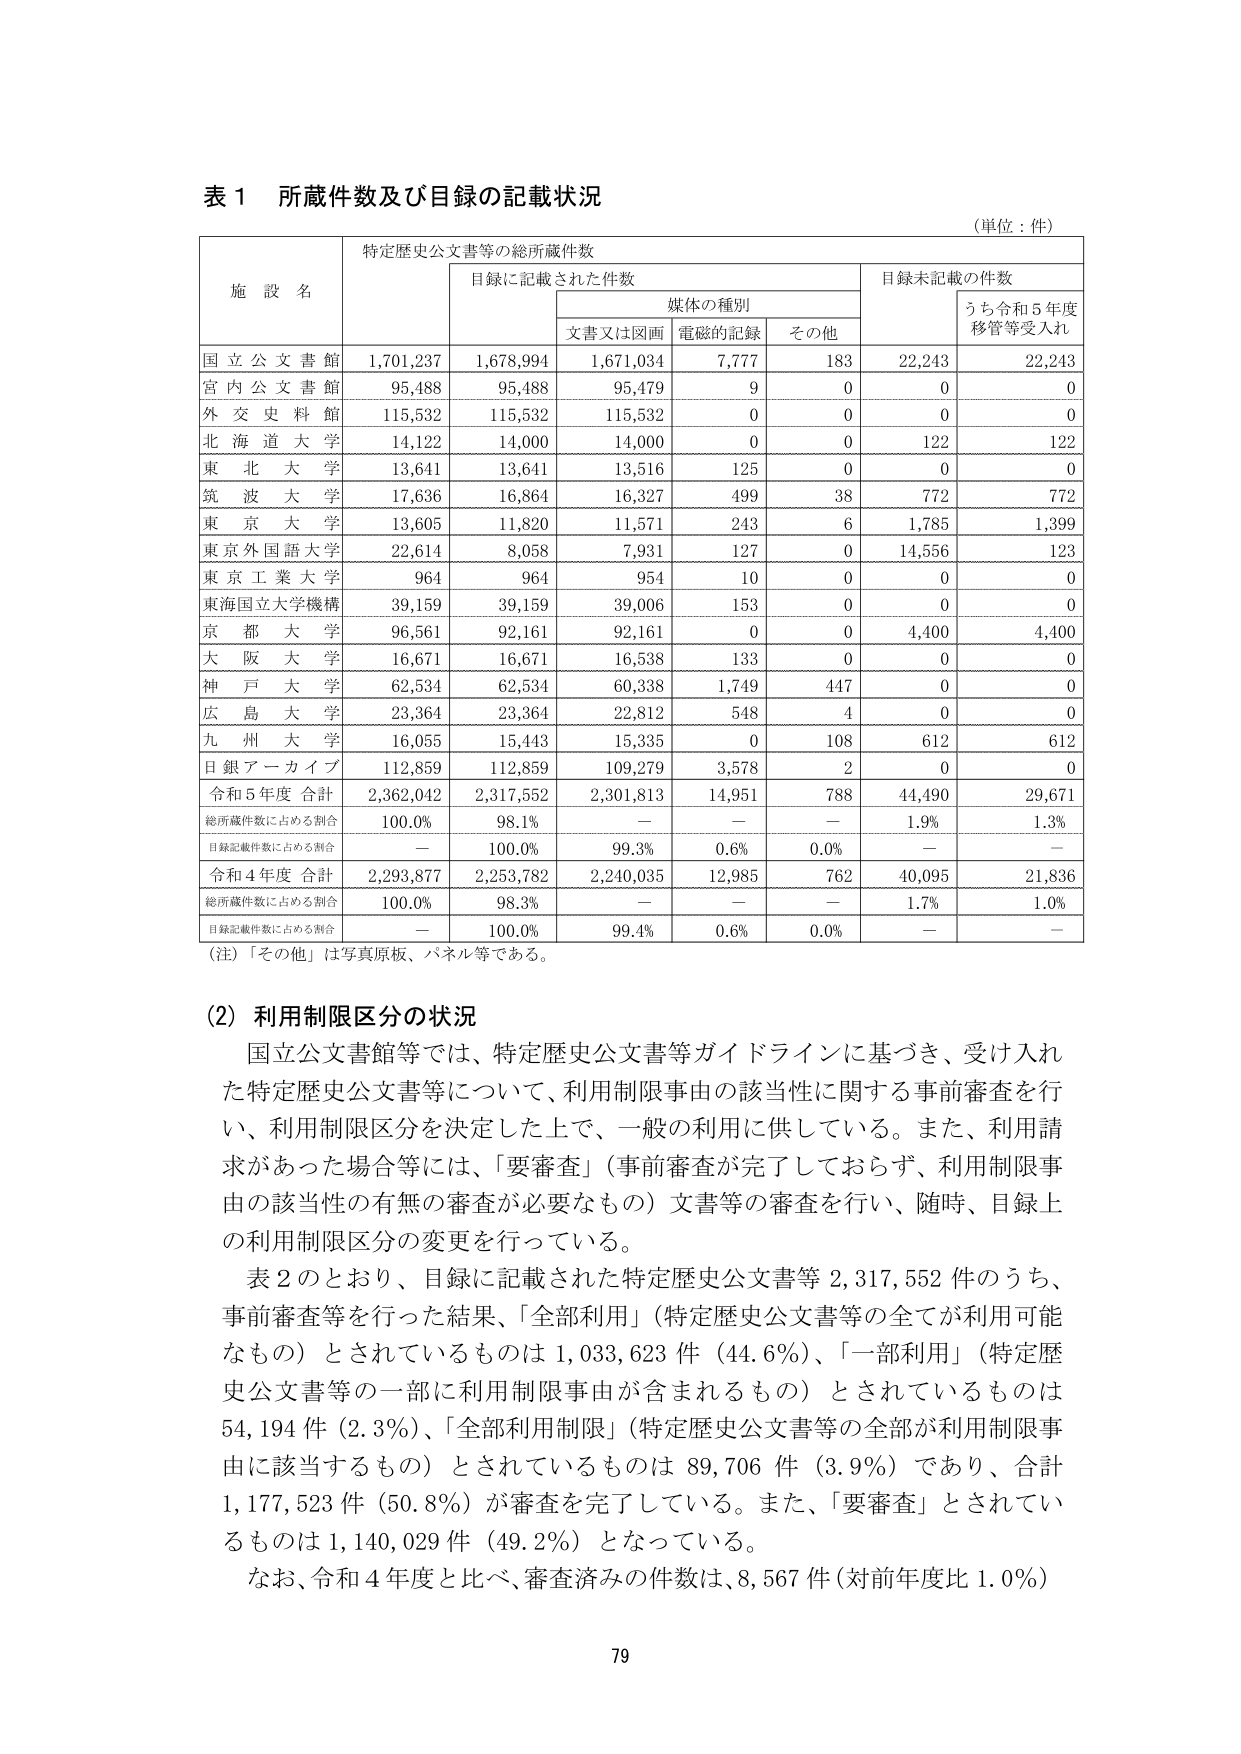
表１ 所蔵件数及び目録の記載状況
（単位：件）

施設名　　特定歴史公文書等の総所蔵件数
　　　　　　目録に記載された件数　　　　　　目録未記載の件数
　　　　　　　　　媒体の種別　　　　　　　　　うち令和５年度
　　　　　　　文書又は図画　電磁的記録　その他　　　移管等受入れ

国立公文書館　1,701,237　1,678,994　1,671,034　7,777　183　22,243　22,243
宮内公文書館　95,488　95,488　95,479　9　0　0　0
外交史料館　115,532　115,532　115,532　0　0　0　0
北海道大学　14,122　14,000　14,000　0　0　122　122
東北大学　13,641　13,641　13,516　125　0　0　0
筑波大学　17,636　16,864　16,327　499　38　772　772
東京大学　13,605　11,820　11,571　243　6　1,785　1,399
東京外国語大学　22,614　8,058　7,931　127　0　14,556　123
東京工業大学　964　964　954　10　0　0　0
東海国立大学機構　39,159　39,159　39,006　153　0　0　0
京都大学　96,561　92,161　92,161　0　0　4,400　4,400
大阪大学　16,671　16,671　16,538　133　0　0　0
神戸大学　62,534　62,534　60,338　1,749　447　0　0
広島大学　23,364　23,364　22,812　548　4　0　0
九州大学　16,055　15,443　15,335　0　108　612　612
日銀アーカイブ　112,859　112,859　109,279　3,578　2　0　0
令和５年度 合計　2,362,042　2,317,552　2,301,813　14,951　788　44,490　29,671
総所蔵件数に占める割合　100.0%　98.1%　—　—　—　1.9%　1.3%
目録記載件数に占める割合　—　100.0%　99.3%　0.6%　0.0%　—　—
令和４年度 合計　2,293,877　2,253,782　2,240,035　12,985　762　40,095　21,836
総所蔵件数に占める割合　100.0%　98.3%　—　—　—　1.7%　1.0%
目録記載件数に占める割合　—　100.0%　99.4%　0.6%　0.0%　—　—

（注）「その他」は写真原板、パネル等である。

（2）利用制限区分の状況
国立公文書館等では、特定歴史公文書等ガイドラインに基づき、受け入れた特定歴史公文書等について、利用制限事由の該当性に関する事前審査を行い、利用制限区分を決定した上で、一般の利用に供している。また、利用請求があった場合等には、「要審査」（事前審査が完了しておらず、利用制限事由の該当性の有無の審査が必要なもの）文書等の審査を行い、随時、目録上の利用制限区分の変更を行っている。

表２のとおり、目録に記載された特定歴史公文書等 2,317,552 件のうち、事前審査等を行った結果、「全部利用」（特定歴史公文書等の全てが利用可能なもの）とされているものは 1,033,623 件（44.6%）、「一部利用」（特定歴史公文書等の一部に利用制限事由が含まれるもの）とされているものは 54,194 件（2.3%）、「全部利用制限」（特定歴史公文書等の全部が利用制限事由に該当するもの）とされているものは 89,706 件（3.9%）であり、合計 1,177,523 件（50.8%）が審査を完了している。また、「要審査」とされているものは 1,140,029 件（49.2%）となっている。

なお、令和４年度と比べ、審査済みの件数は、8,567 件（対前年度比 1.0%）

79